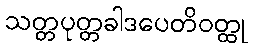
သတ္တပုတ္တခါဒပေတိဝတ္ထု